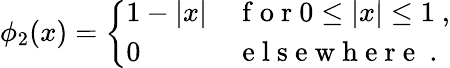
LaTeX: \phi_{2}(x)=\left\{ \begin{array}{ll}{1-|x|}&{\mathrm{~f~o~r~}0\le|x|\le 1\ ,}\\ {0}&{\mathrm{~e~l~s~e~w~h~e~r~e~}\ .}\end{array}\right.